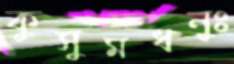
কুসুমধনুঃ